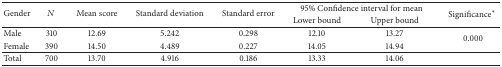
| <ROWSPAN=2> Gender | <ROWSPAN=2> N | <ROWSPAN=2> Mean score | <ROWSPAN=2> Standard deviation | <ROWSPAN=2> Standard error | <COLSPAN=2> 95% Confidence interval for mean | Significance* |
 | Lower bound | Upper bound |
 | --- | --- | --- | --- | --- | --- | --- | --- |
 | Male | 310 | 12.69 | 5.242 | 0.298 | 12.10 | 13.27 | <ROWSPAN=2> 0.000 |
 | Female | 390 | 14.50 | 4.489 | 0.227 | 14.05 | 14.94 |
 | Total | 700 | 13.70 | 4.916 | 0.186 | 13.33 | 14.06 |  |